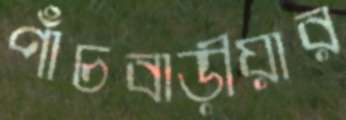
পাঁচবাড়ীয়ার